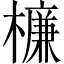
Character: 𣜰